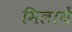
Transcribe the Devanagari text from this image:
मिलायें